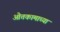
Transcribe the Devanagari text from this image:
ओतकामाच्या